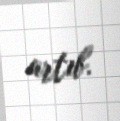
artıb.